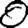
Digit: 0